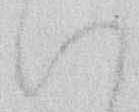
い